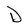
Character: D